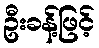
ဦးခန့်ဖြင့်